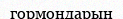
гормондарын